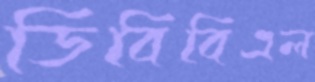
ডিবিবিএল